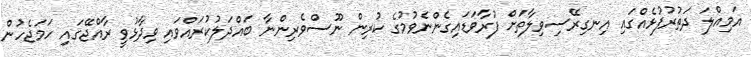
އަމިއްލަ ދަތުރުފުޅެއްގައި އިނގިރޭސިވިލާތަށް ފުރާވަޑައިގެންނެވުމުގެ ކުރިން ނޫސްވެރިންނާ ބައްދަލުކުރައްވައި ވިދާޅުވީ ރާއްޖޭގައި ހަމަޖެހުން